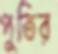
পুতির